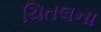
ચિતલના